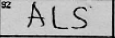
Transcription: ALS